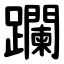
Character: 躝